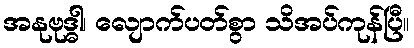
အနုဗုဒ္ဓါ၊ လျောက်ပတ်စွာ သိအပ်ကုန်ပြီ။